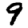
Digit: 9